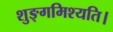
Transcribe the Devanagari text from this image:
शुङ्गमिश्यति।